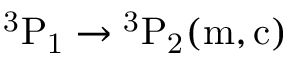
\mathrm { { } ^ { 3 } P _ { 1 } \rightarrow { } ^ { 3 } P _ { 2 } ( m , c ) }